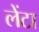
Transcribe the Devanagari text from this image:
लेंटा